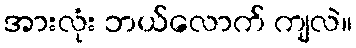
အားလုံး ဘယ်လောက် ကျလဲ။